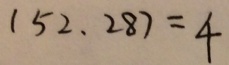
( 5 2 、 2 8 ) = 4